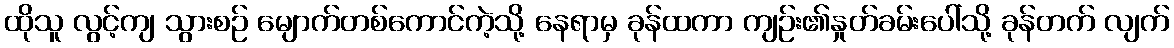
ထိုသူ လွင့်ကျ သွားစဉ် မျောက်တစ်ကောင်ကဲ့သို့ နေရာမှ ခုန်ထကာ ကျဉ်း၏နှုတ်ခမ်းပေါ်သို့ ခုန်တက် လျက်